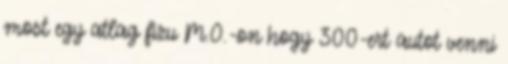
most egy atlag fizu M.O.-on hogy 300-ert autot venni